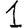
Digit: 1